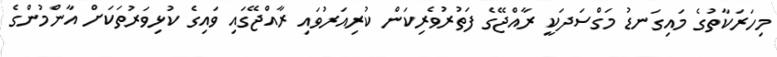
މިހަރަކާތުގެ މައިގަނޑު މަގްސަދަކީ ރާއްޖޭގެ ފަތުރުވެރިކަން ކުރިއަރުވައި ރާއްޖޭގައި ވައިގެ ކުޅިވަރުތަކަށް އާންމުންގެ